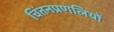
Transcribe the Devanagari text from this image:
चिंतनप्रणलियों